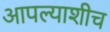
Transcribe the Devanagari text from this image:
आपल्याशीच